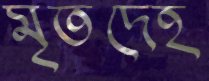
মৃতদেহ